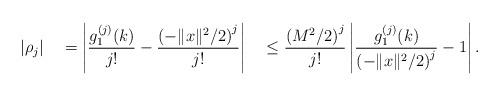
LaTeX: \begin{align*}| \rho_j | \quad=\left| \frac{g_1^{(j)}(k)}{j!} - \frac{\left( -\|x\|^2/2\right)^j}{j!}\right| \quad\leq\frac{\left( M^2/2\right)^j}{j!}\left| \frac{g_1^{(j)}(k)}{\left( -\|x\|^2/2\right)^j} - 1\right|.\end{align*}